Problem: 21 + 9 = ?
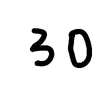
Handwritten answer: 30